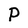
Character: P